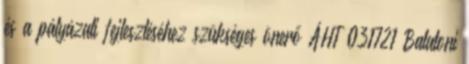
és a pályázati fejlesztéséhez szükséges önerő ÁHT 031721 Balatoni